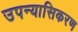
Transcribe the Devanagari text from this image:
उपन्यासिकरण